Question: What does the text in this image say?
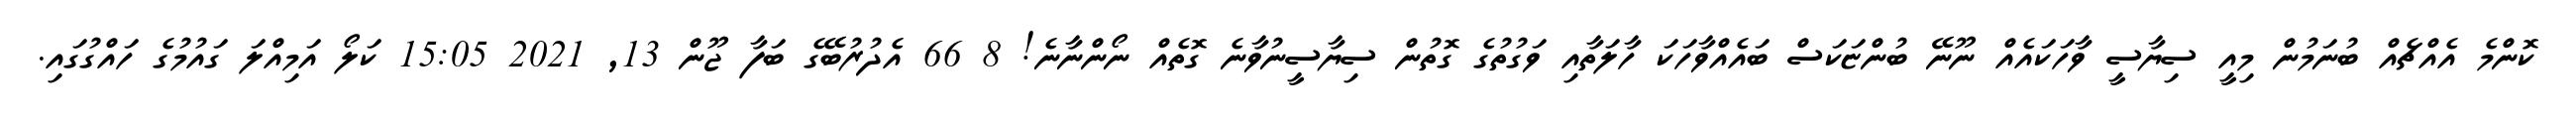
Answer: ކޮންމެ އެއްޗެއް ބުނަމުން މިއީ ސިޔާސީ ވާހަކައެއް ނޫނޭ ބުންޏަކަސް ބައެއްވާހަކަ ހާލަތާއި ވަގުތުގެ ގޮތުން ސިޔާސީނުވާނެ ގޮތެއް ނޯންނާނެ! 8 66 އެދުރުބޭގެ ބަފާ ޖޫން 13, 2021 15:05 ކަލޯ އަމިއްލަ ގައުމުގެ ހައްގުގައި.